Civil Veterinary Dept. Bombay admin report 1900-1906 - 1900-1906
Year: 1900
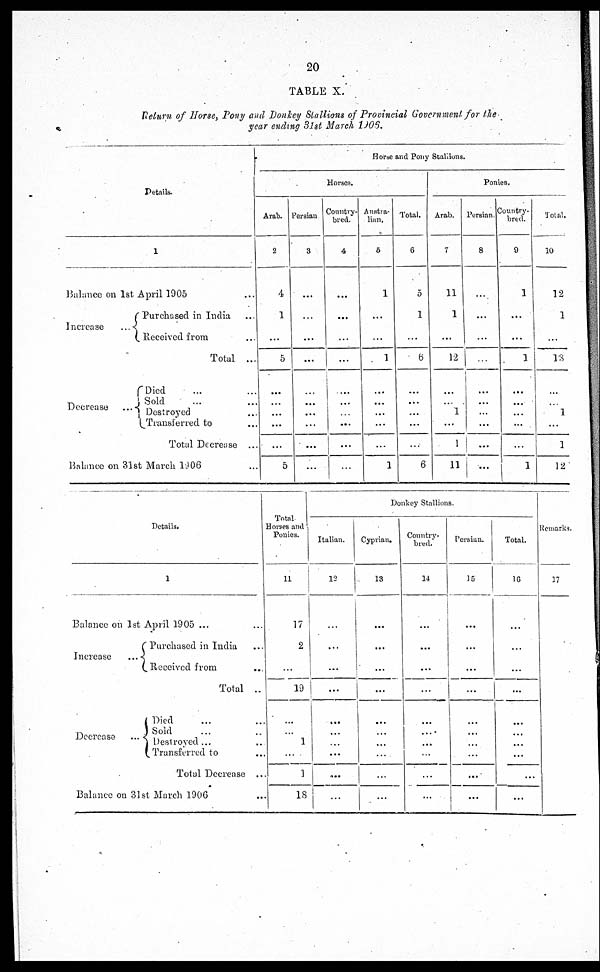
20
TABLE X.
Return of Horse, Pony and Donkey Stallions of Provincial Government, for lhe
year ending 3lst March 1906.
Details.
1
Balance on 1st April 1905 ...
Increase
...
Purchased in India ...
eceived from
Total ...
Decrease
...
Died ...
Sold ...
Destroyed
Transferred to ...
Total Decrease ...
Balance on 31st March 1906 ...
Horse and Pony Stallions.
Horses.
Arab.
2
4
1
...
5
...
...
...
...
...
5
Persian
3
...
...
...
...
...
...
...
...
...
...
Country-
bred.
4
...
...
...
...
...
...
...
...
Austra-
lian.
6
1
...
...
1
...
...
...
...
...
1
Total.
6
5
1
...
6
...
...
...
...
...
6
Ponies.
Arab.
7
11
1
...
12
...
...
1
...
1
11
Persian.
8
...
...
...
...
...
...
...
...
...
...
Country-
bred.
9
1
...
...
1
...
...
...
...
...
1
Total.
10
12
1
...
13
...
...
1
...
1
12
Details.
1
Balance on 1st April 1905 ...
Increase
...
Purchased in India ...
Received from ...
Total ...
Decrease ...
Died ...
Sold ...
Destroyed ...
Transferred to ...
Total Decrease ...
Balance on 31st March 1906 ...
Total
Horses and
Ponies.
11
17
2
19
...
...
1
...
...
18
Donkey Stallions.
Italian.
12
...
...
|
...
...
...
...
...
...
...
Cyprian.
13
...
...
...
...
...
...
...
...
...
Country-
bred.
14
...
...
...
...
...
...
...
...
...
...
Persian.
15
...
...
...
...
...
...
...
...
...
...
Total.
16
...
...
...
...
...
...
...
...
...
...
Remarks.
37
...
...
...
...
...
...
...
...
...
...